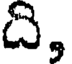
ది,